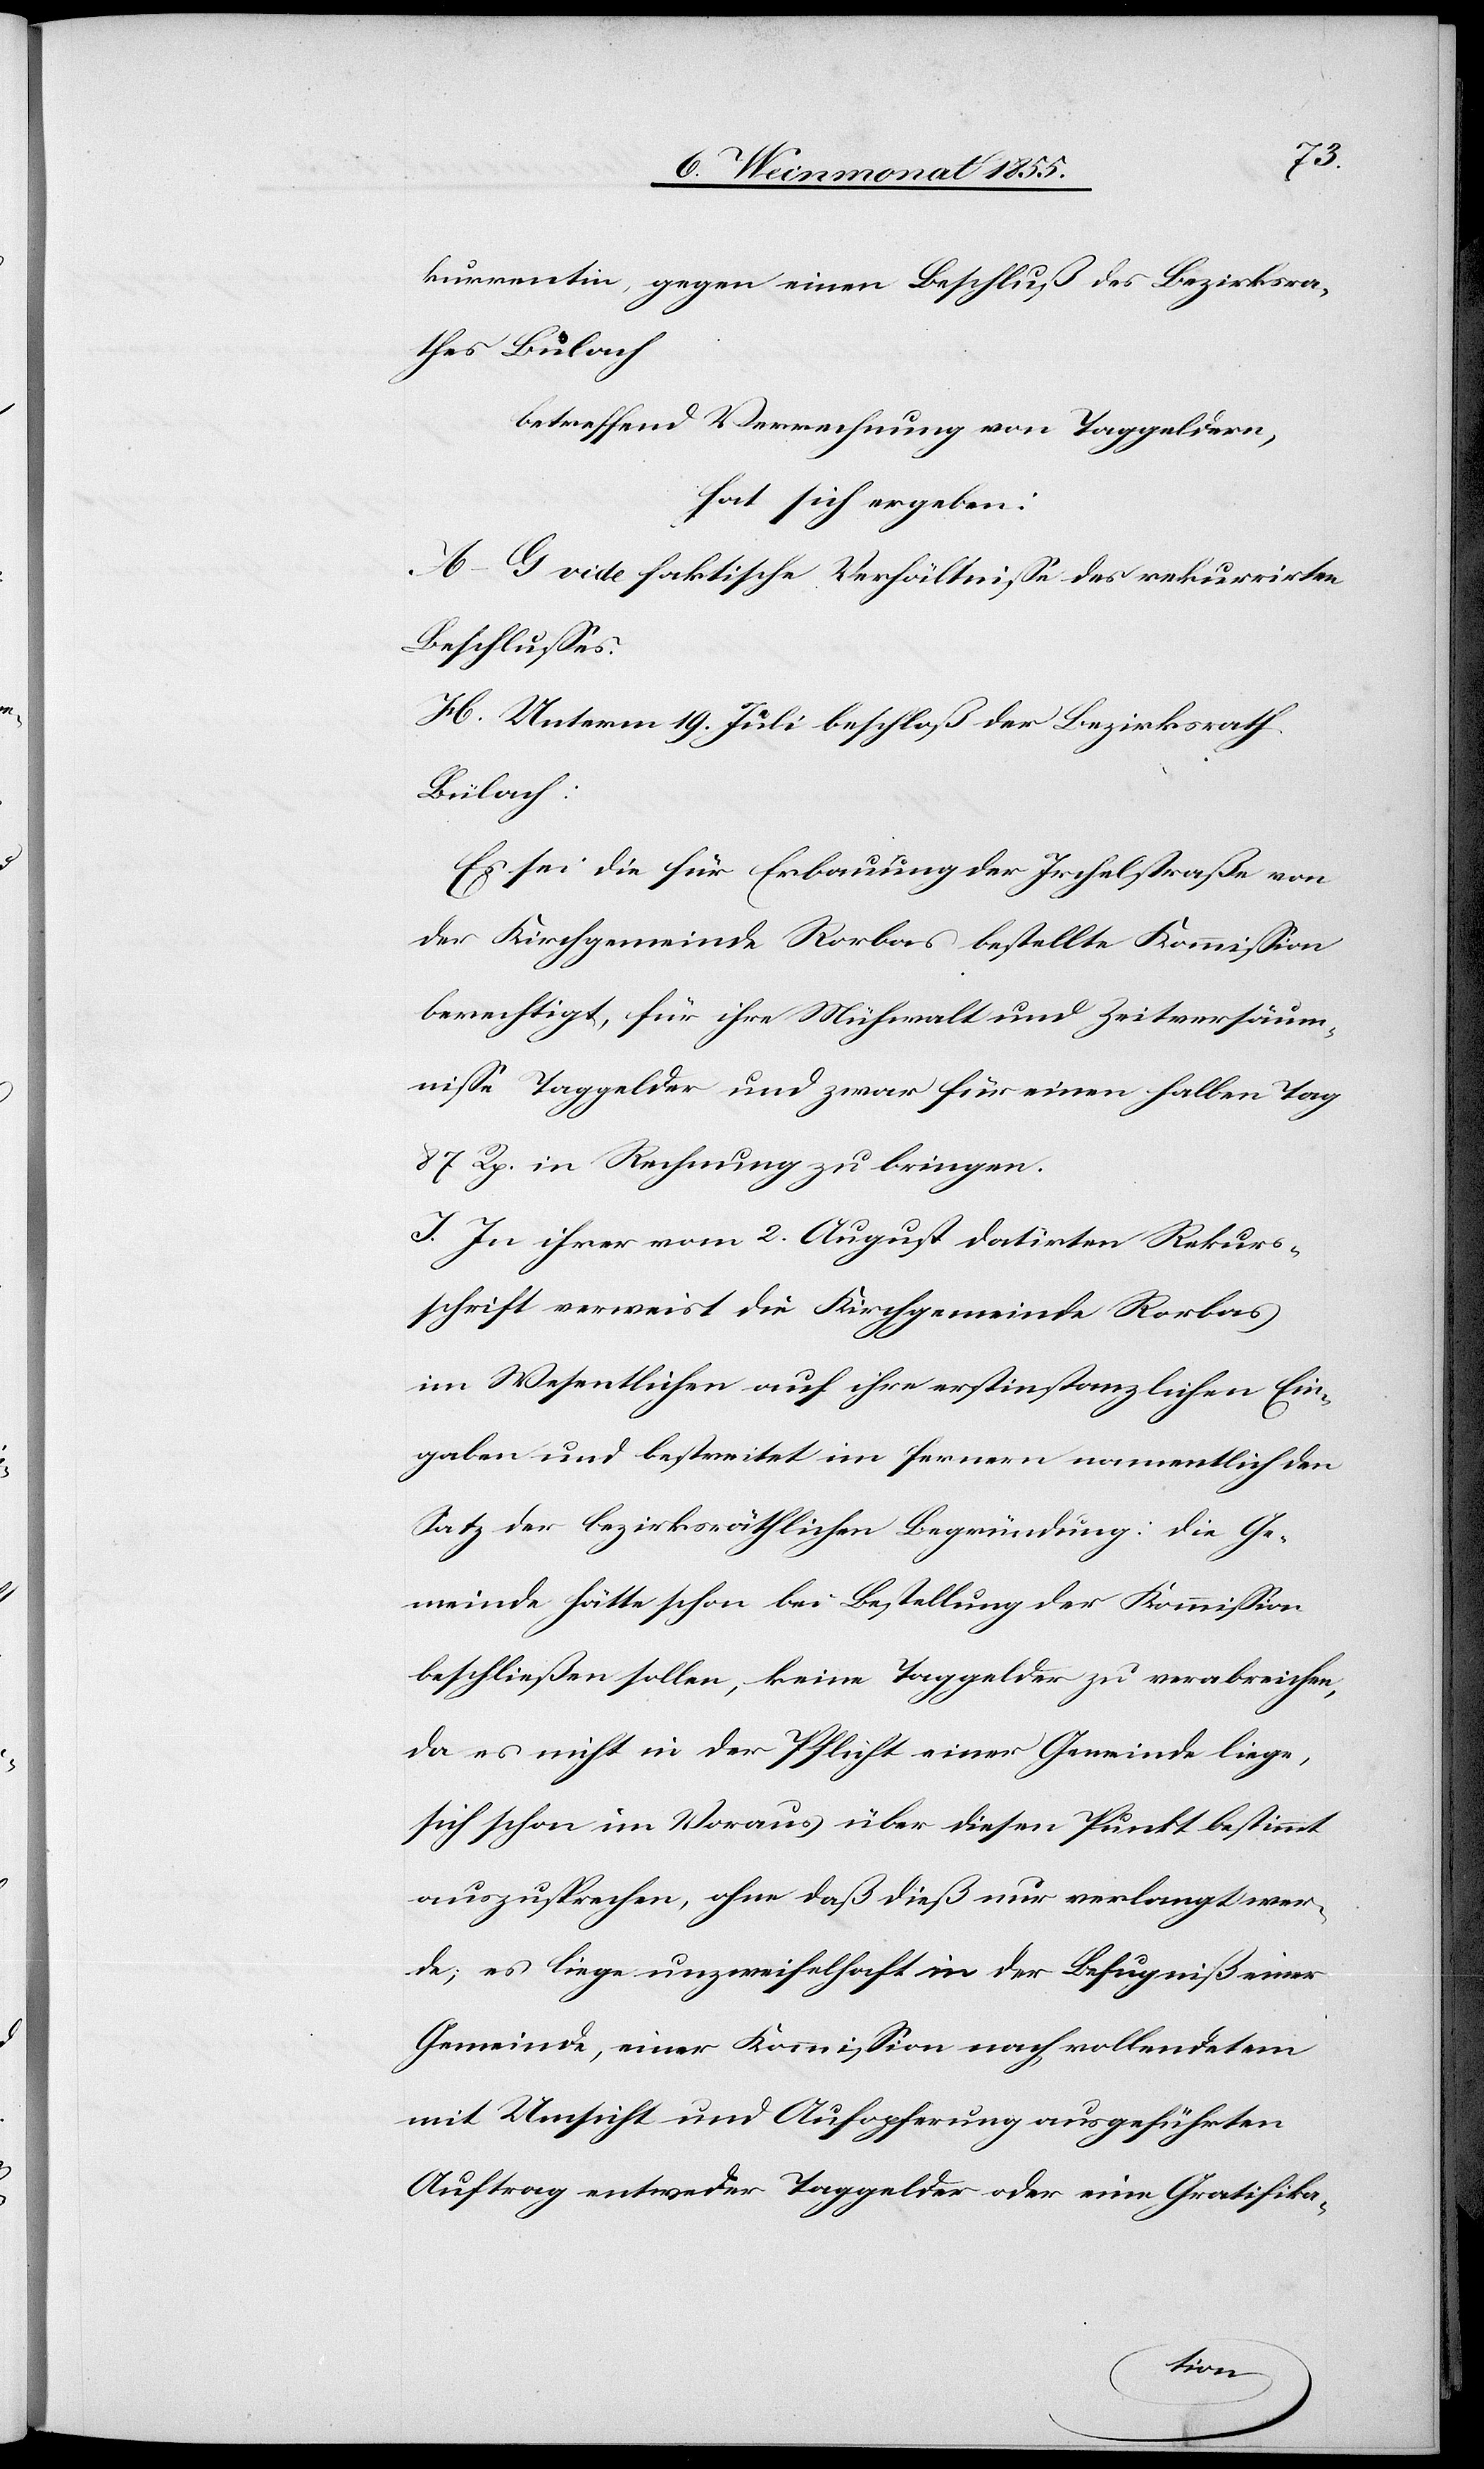
kurrentin, gegen einen Beschluß des Bezirksra¬
thes Bülach
betreffend Verrechnung von Taggeldern,
hat sich ergeben:
A–G vide faktische Verhältnisse des rekurrirten
Beschlusses.
H. Unterm 19. Juli beschloß der Bezirksrath
Bülach:
Es sei die für Erbauung der Irchelstraße von
der Kirchgemeinde Rorbas bestellte Kommission
berechtigt, für ihre Mühwalt und Zeitversäum¬
nisse Taggelder und zwar für einen halben Tag
87 Rp. in Rechnung zu bringen.
I. In ihrer vom 2. August datirten Rekurs¬
schrift verweist die Kirchgemeinde Rorbas
im Wesentlichen auf ihre erstinstanzlichen Ein¬
gaben und bestreitet im fernern namentlich den
Satz der bezirksräthlichen Begründung: die Ge¬
meinde hätte schon bei Bestellung der Kommission
beschließen sollen, keine Taggelder zu verabreichen,
da es nicht in der Pflicht einer Gemeinde liege,
sich schon im Voraus über diesen Punkt bestimmt
auszusprechen, ohne daß dieß nur verlangt wer¬
de; es liege unzweifelhaft in der Befugniß einer
Gemeinde, einer Kommission nach vollendetem
mit Umsicht und Aufopferung ausgeführten
Auftrag entweder Taggelder oder eine Gratifika-